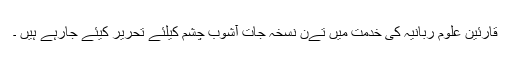
قارئین علوم ربانیہ کی خدمت میں تےن نسخہ جات آشوب چشم کیلئے تحریر کیئے جارہے ہیں ۔